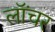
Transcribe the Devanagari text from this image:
लॉंचर